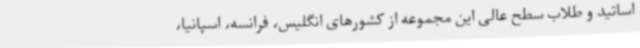
اساتید و طلاب سطح عالی این مجموعه از کشورهای انگلیس، فرانسه، اسپانیا،